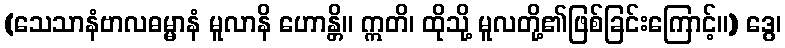
(သေသာနံဗာလဓမ္မာနံ မူလာနိ ဟောန္တိ။ ဣတိ၊ ထိုသို့ မူလတို့၏ဖြစ်ခြင်းကြောင့်။) ဒွေ၊